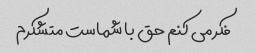
فکر می کنم حق با شماست متشکرم